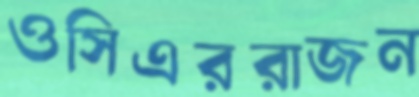
ওসিএররাজন